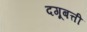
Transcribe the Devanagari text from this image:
दगूबत्ती